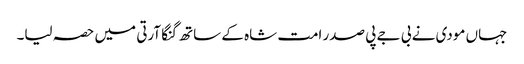
جہاں مودی نے بی جے پی صدر امت شاہ کے ساتھ گنگا آرتی میں حصہ لیا۔